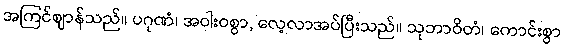
အကြင်ဈာန်သည်။ ပဂုဏံ၊ အဝါးဝစွာ, လေ့လာအပ်ပြီးသည်။ သုဘာဝိတံ၊ ကောင်းစွာ